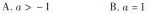
A.$$a>-1$$B.$$α=1$$